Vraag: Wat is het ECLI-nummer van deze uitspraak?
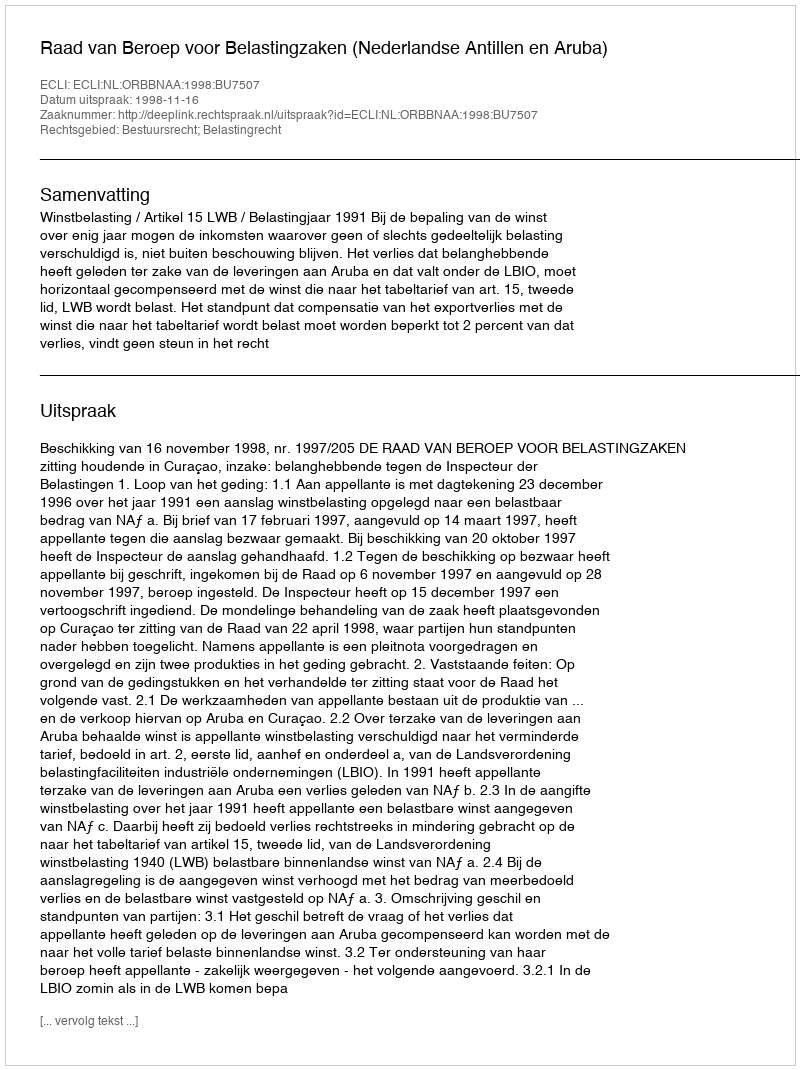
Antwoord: ECLI:NL:ORBBNAA:1998:BU7507